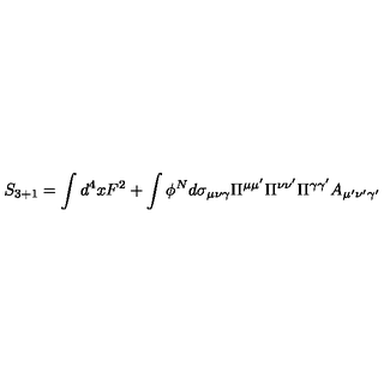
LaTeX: S _ { 3 + 1 } = \int d ^ { 4 } x F ^ { 2 } + \int \phi ^ { N } d \sigma _ { \mu \nu \gamma } \Pi ^ { \mu \mu ^ { \prime } } \Pi ^ { \nu \nu ^ { \prime } } \Pi ^ { \gamma \gamma ^ { \prime } } A _ { \mu ^ { \prime } \nu ^ { \prime } \gamma ^ { \prime } }